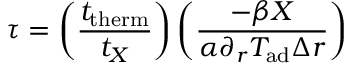
\tau = \left( \frac { t _ { \mathrm { t h e r m } } } { t _ { X } } \right) \left( \frac { - \beta X } { \alpha \partial _ { r } T _ { \mathrm { a d } } \Delta r } \right)